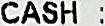
CASH :